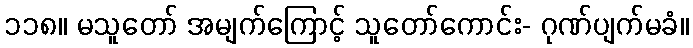
၁၁၈။ မသူတော် အမျက်ကြောင့် သူတော်ကောင်း- ဂုဏ်ပျက်မခံ။